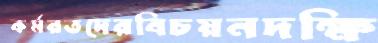
কর্মরতদেরবিচয়নদক্ষি